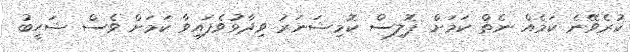
ކުރެވޭނެ ކަމެއް ނެތް ކަމަށް ޕޮލިސް ކޮމިޝަނަރު ވިދާޅުވެފައިވާ ކަމަށް ވެސް ޝަހީބު